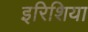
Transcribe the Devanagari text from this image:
इरिशिया